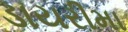
ડાયરીમા